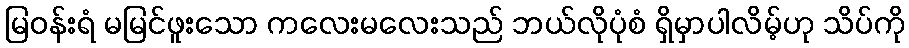
မြဝန်းရံ မမြင်ဖူးသော ကလေးမလေးသည် ဘယ်လိုပုံစံ ရှိမှာပါလိမ့်ဟု သိပ်ကို